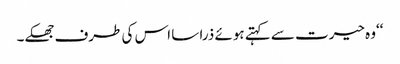
‘‘وہ حیرت سے کہتے ہوئے ذرا سا اس کی طرف جھکے۔